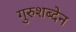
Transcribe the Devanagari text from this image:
गुरुशब्देन